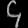
Digit: ၄